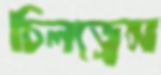
চিলড্রেন্স